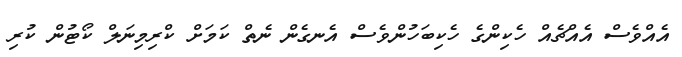
އެއްވެސް އެއްޗެއް ހެކިންގެ ހެކިބަހުންވެސް އެނގެން ނެތް ކަމަށް ކްރިމިނަލް ކޯޓުން ކުރި